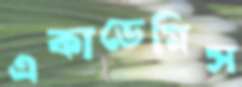
একাডেমিস